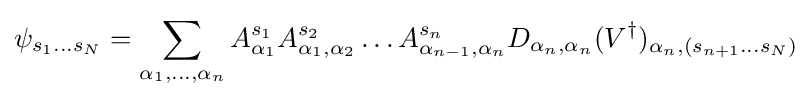
\psi _{s_{1}...s_{N}}=\sum _{\alpha _{1},\ldots ,\alpha _{n}}A_{\alpha _{1}}^{s_{1}}A_{\alpha _{1},\alpha _{2}}^{s_{2}}\ldots A_{\alpha _{n-1},\alpha _{n}}^{s_{n}}D_{\alpha _{n},\alpha _{n}}(V^{\dagger })_{\alpha _{n},(s_{n+1}...s_{N})}